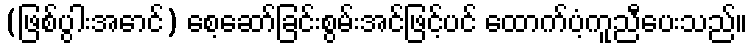
(ဖြစ်ပွါးအောင်) စေ့ဆော်ခြင်းစွမ်းအင်ဖြင့်ပင် ထောက်ပံ့ကူညီပေးသည်။